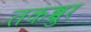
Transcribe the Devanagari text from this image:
तकब्बुर